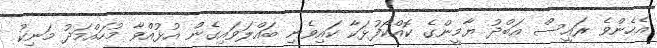
އެހެންވެ ރައީސް އަބްދު ޔާމީންގެ ކޮއްކޯފުޅަކާ ކައިވެނި ބައްލަވައިގެން އުޅުއްވާ މުހައްމަދު މަނިކު